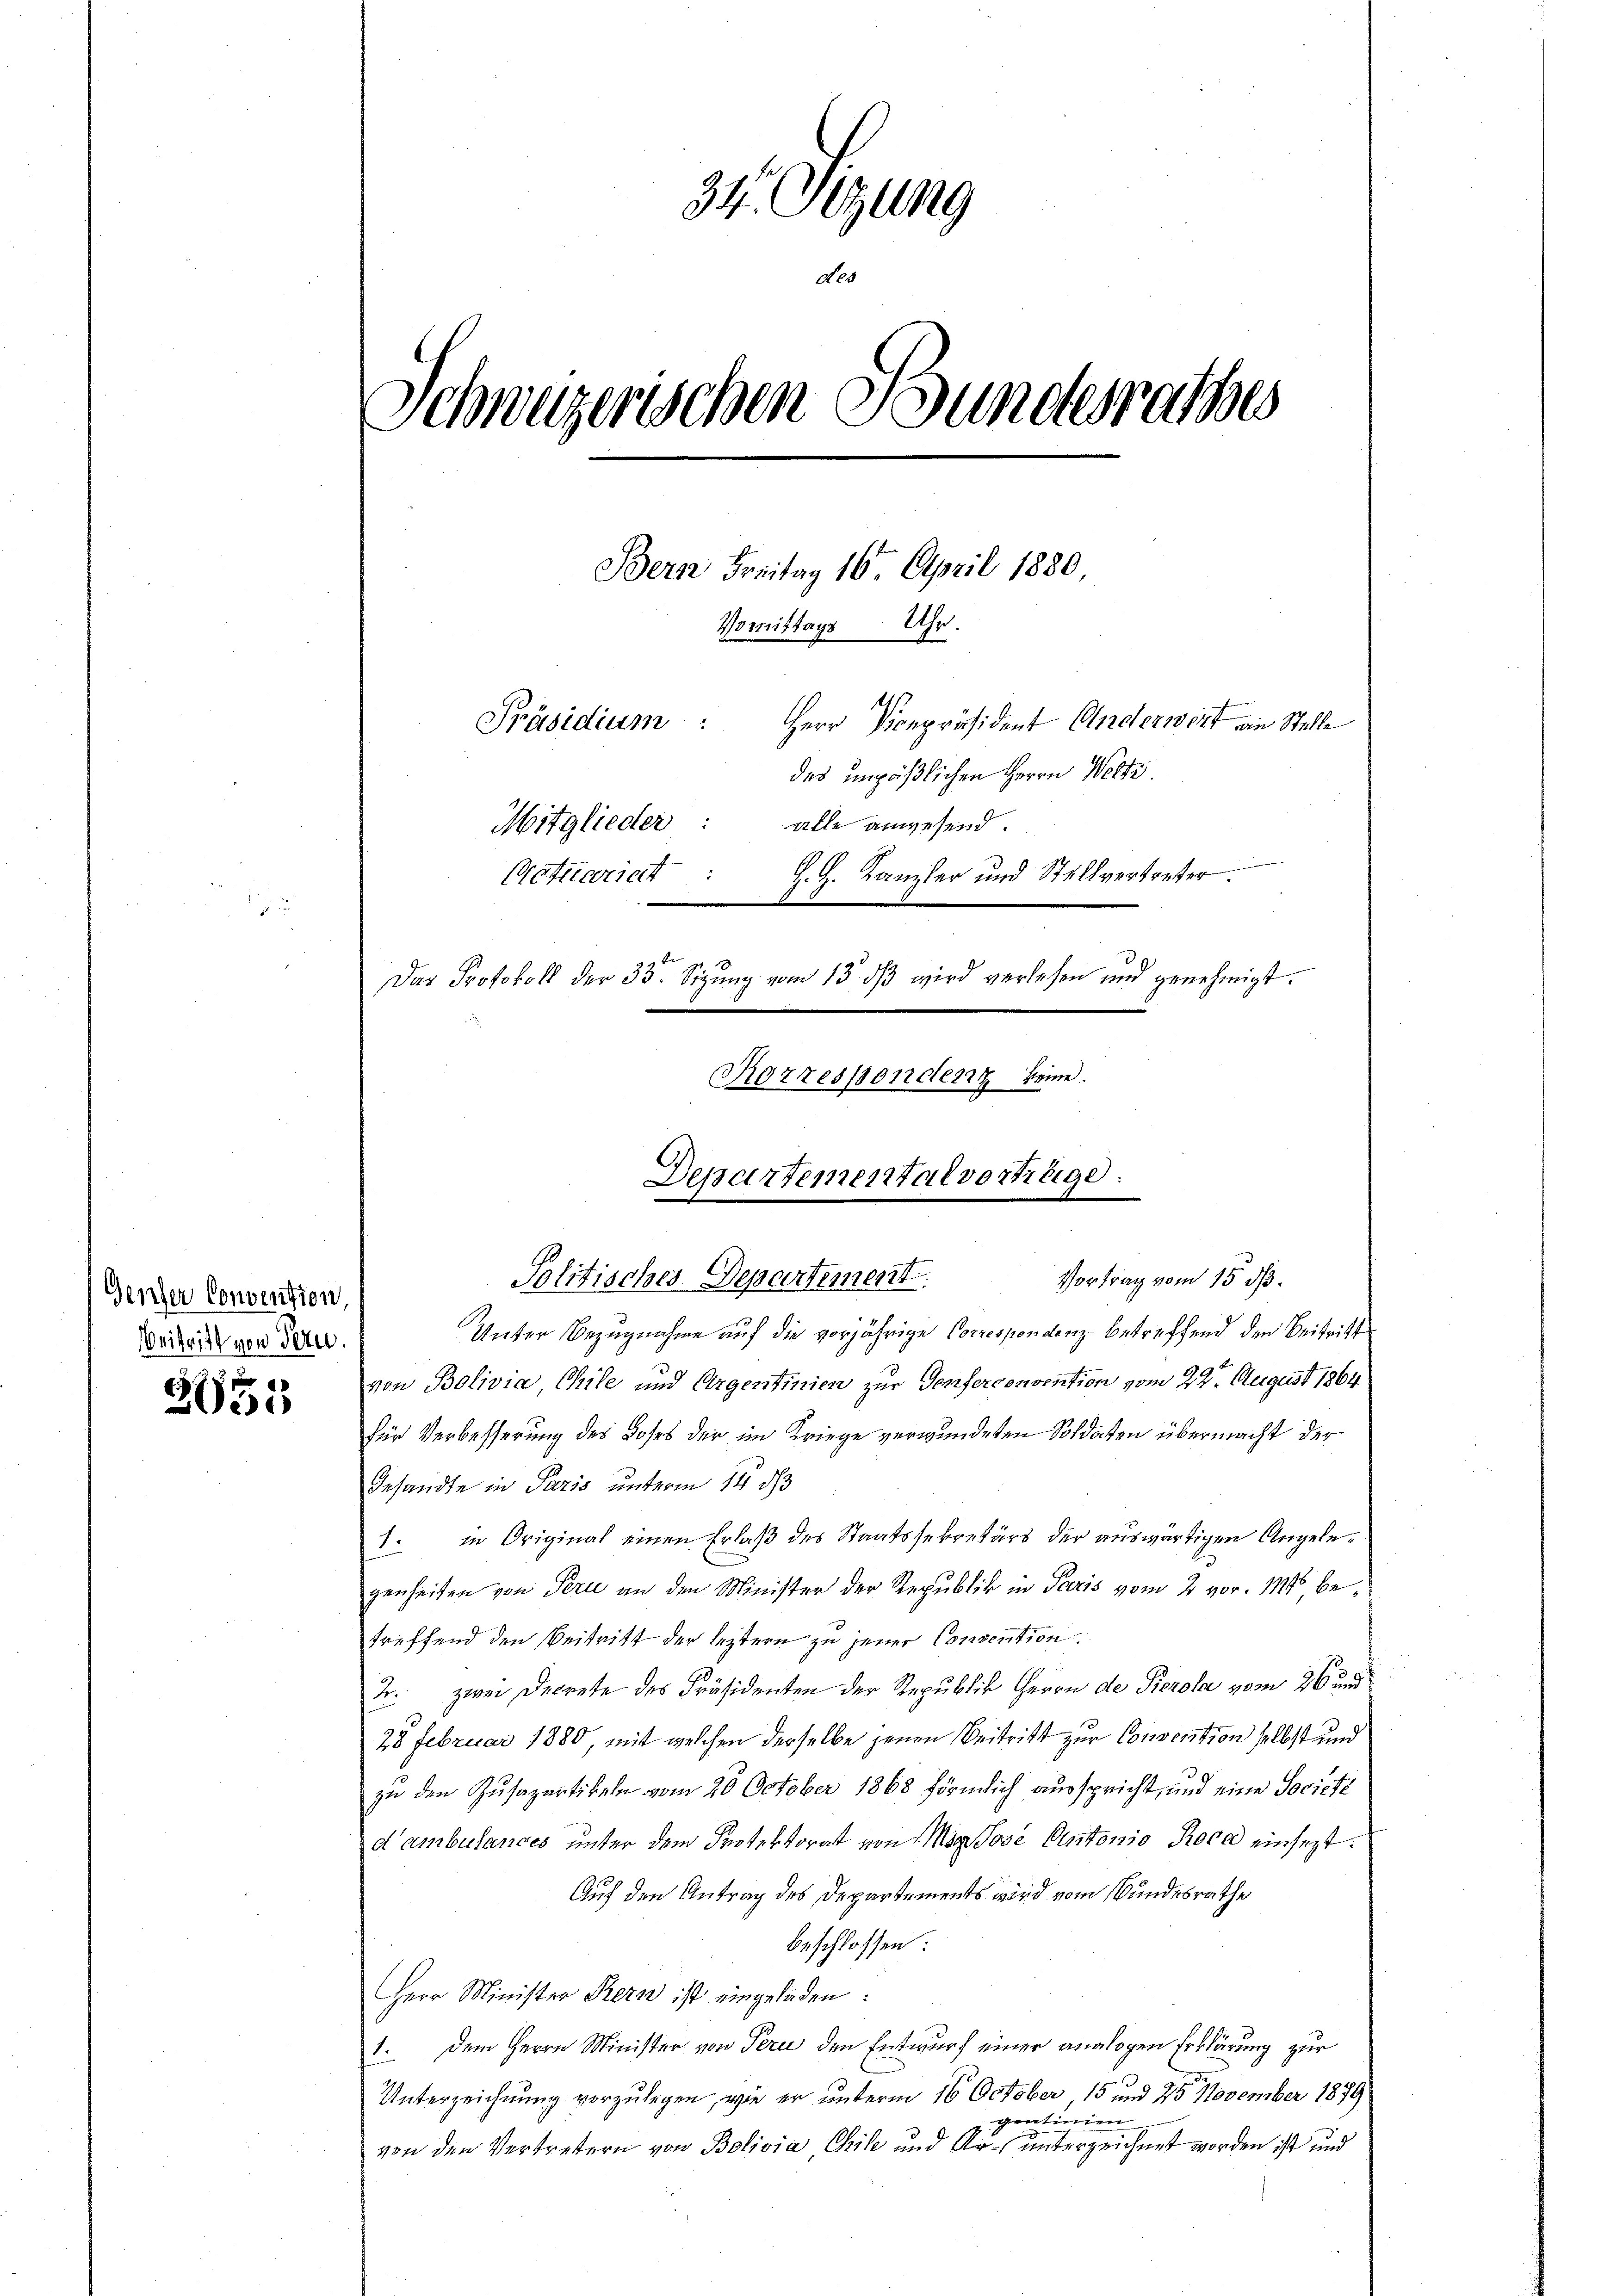
Gescher Convention,
Beitritt von Pern.

2955

34. Sitzung
No
Schwyzerischen Bundesrathes
Bern Freitag 16. April 1880
Womittags Uhr.
Herr Vicepräsident Anderwert ain Stelle
Präsidium:
des unpäßlichen Herrn Welti.
Mitglieder:
alle anwesend.
H. H. Kanzler und Stellvertreter.
Gettariat :
Das Protokoll der 33. Sizung vom 13. dβ wird verlesen und genehmigt.
Rorresponden keine.

Unter Bezugnahme auf die vorjährige Correspondenz betreffend den Beitritt
von Bolivia Chile und Argentinien zur Genferconvention vom 22ten August 1864
für Verbesserung des Loses der im Kriege verwundeten Soldaten übermacht der
Gesandte in Paris unterm 14. ds
1. in Original einen Erlaß des Staatssekretärs der auswärtigen Angelegenheiten von Peri an den Minister der Republik in Paris vom 2. vor. 114, betreffend den Beitritt der leztern zu jener Convention.
2. zwei Decrete des Präsidenten der Republik Herrn de Perola vom 26 und
28 Februar 1880, mit welchen derselbe jenen Beitritt zur Convention selbst und
zu den Zusapartikeln vom 20. October 1868 förmlich ausspricht, und eine Societé
d’ambulances unter dem Protektorat von Mir Jose Antonio Roca einsezt:
Auf den Antrag des Departements wird vom Bundesrathe
beschlossen:
Herr Minister Bern ist eingeladen:
1. Dem Herrn Minister von Perce den Entwurf einer analogen Erklärung zur
Unterzeichnung vorzulegen, wie er unterm 16. October 15 und 25 November 1879
gentinen
von den Vertretern von Bolivia Chile und Ar. unterzeichnet worden ist und

Departementalvertitige.
.
Politisches Departement

Vortrag vom 15. ds.